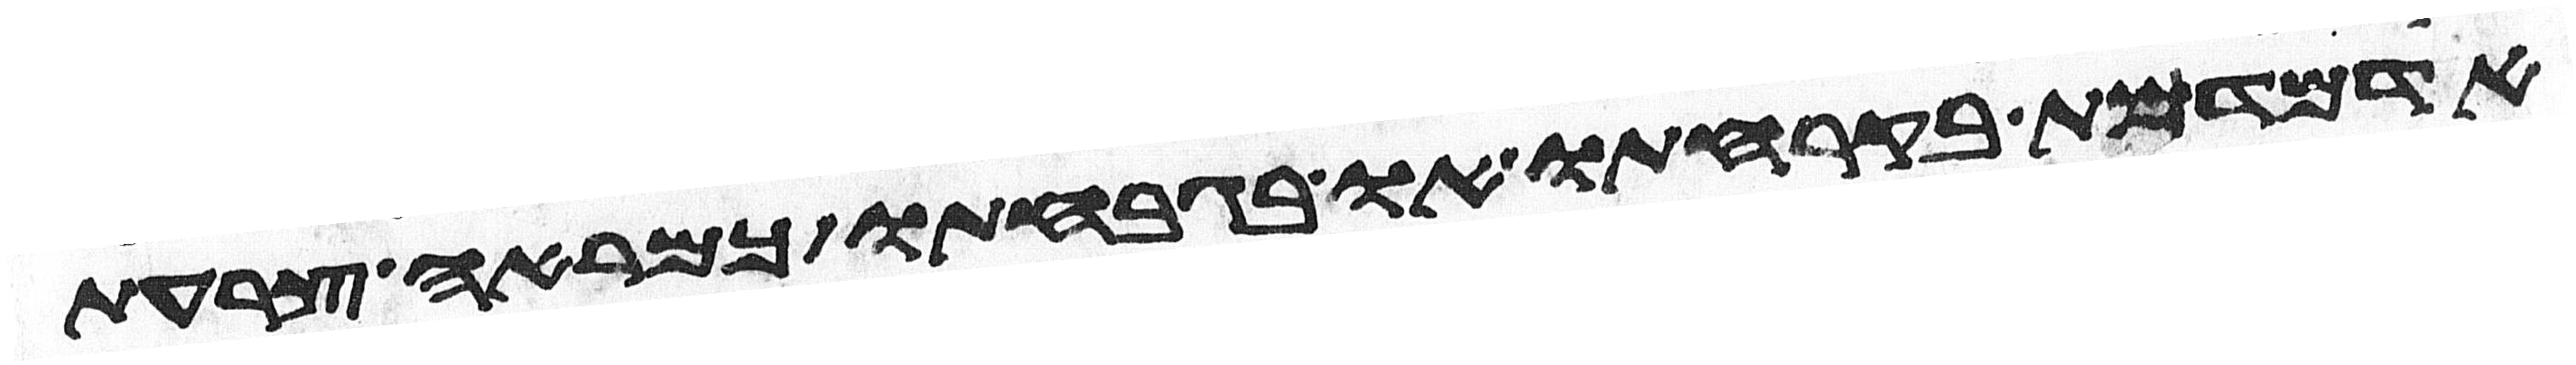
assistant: אדמדמת בקרחתו או בגבחתו כמראה צרעת